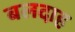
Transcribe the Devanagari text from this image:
बलदाह